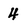
Character: 4